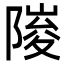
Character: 𮥘